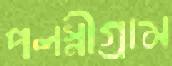
পলস্নীগ্রাম